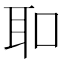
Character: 𦔻